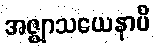
အဇ္ဈာသယေနာပိ